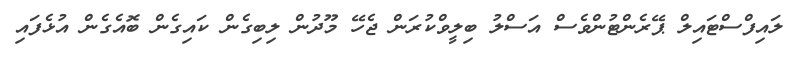
ލައިފްސްޓައިލް ޕޭރެންޓުންވެސް އަސްލު ބިލީވްކުރަން ޖެހޭ މޫދުން ލިބިގެން ކައިގެން ބޮއެގެން އުޅެފައި